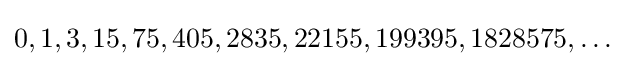
0,1,3,15,75,405,2835,22155,199395,1828575,\ldots